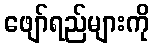
ဖျော်ရည်များကို